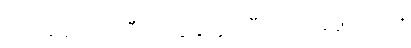
ဟုခေါ်သော ညီလာခံတွေ ကြီးတက်ခဲ့ဖူးသည်။